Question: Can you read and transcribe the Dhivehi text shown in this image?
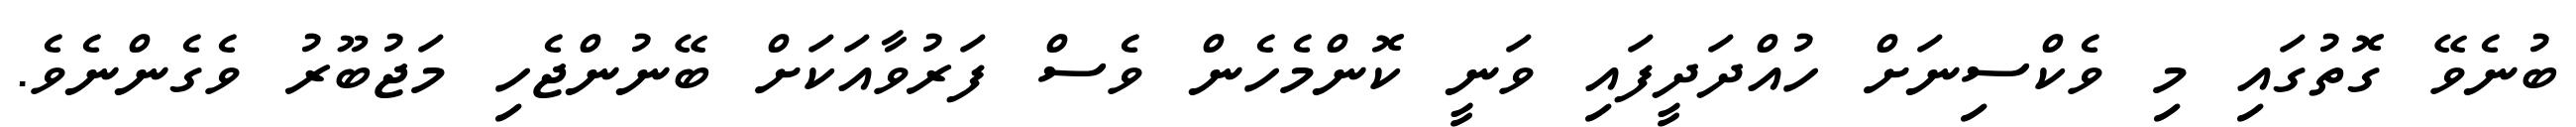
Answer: ބުނެވޭ ގޮތުގައި މި ވެކްސިނަށް ހުއްދަދީފައި ވަނީ ކޮންމެހެން ވެސް ފަރުވާއަކަށް ބޭނުންޖެހި މަޖުބޫރު ވެގެންނެވެ.